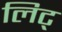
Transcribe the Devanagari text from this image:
लिट्‌